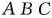
A B C